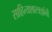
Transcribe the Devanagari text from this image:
साहित्यशास्त्रज्ञांनी